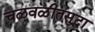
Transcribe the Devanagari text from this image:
चळवळीतसुद्धा